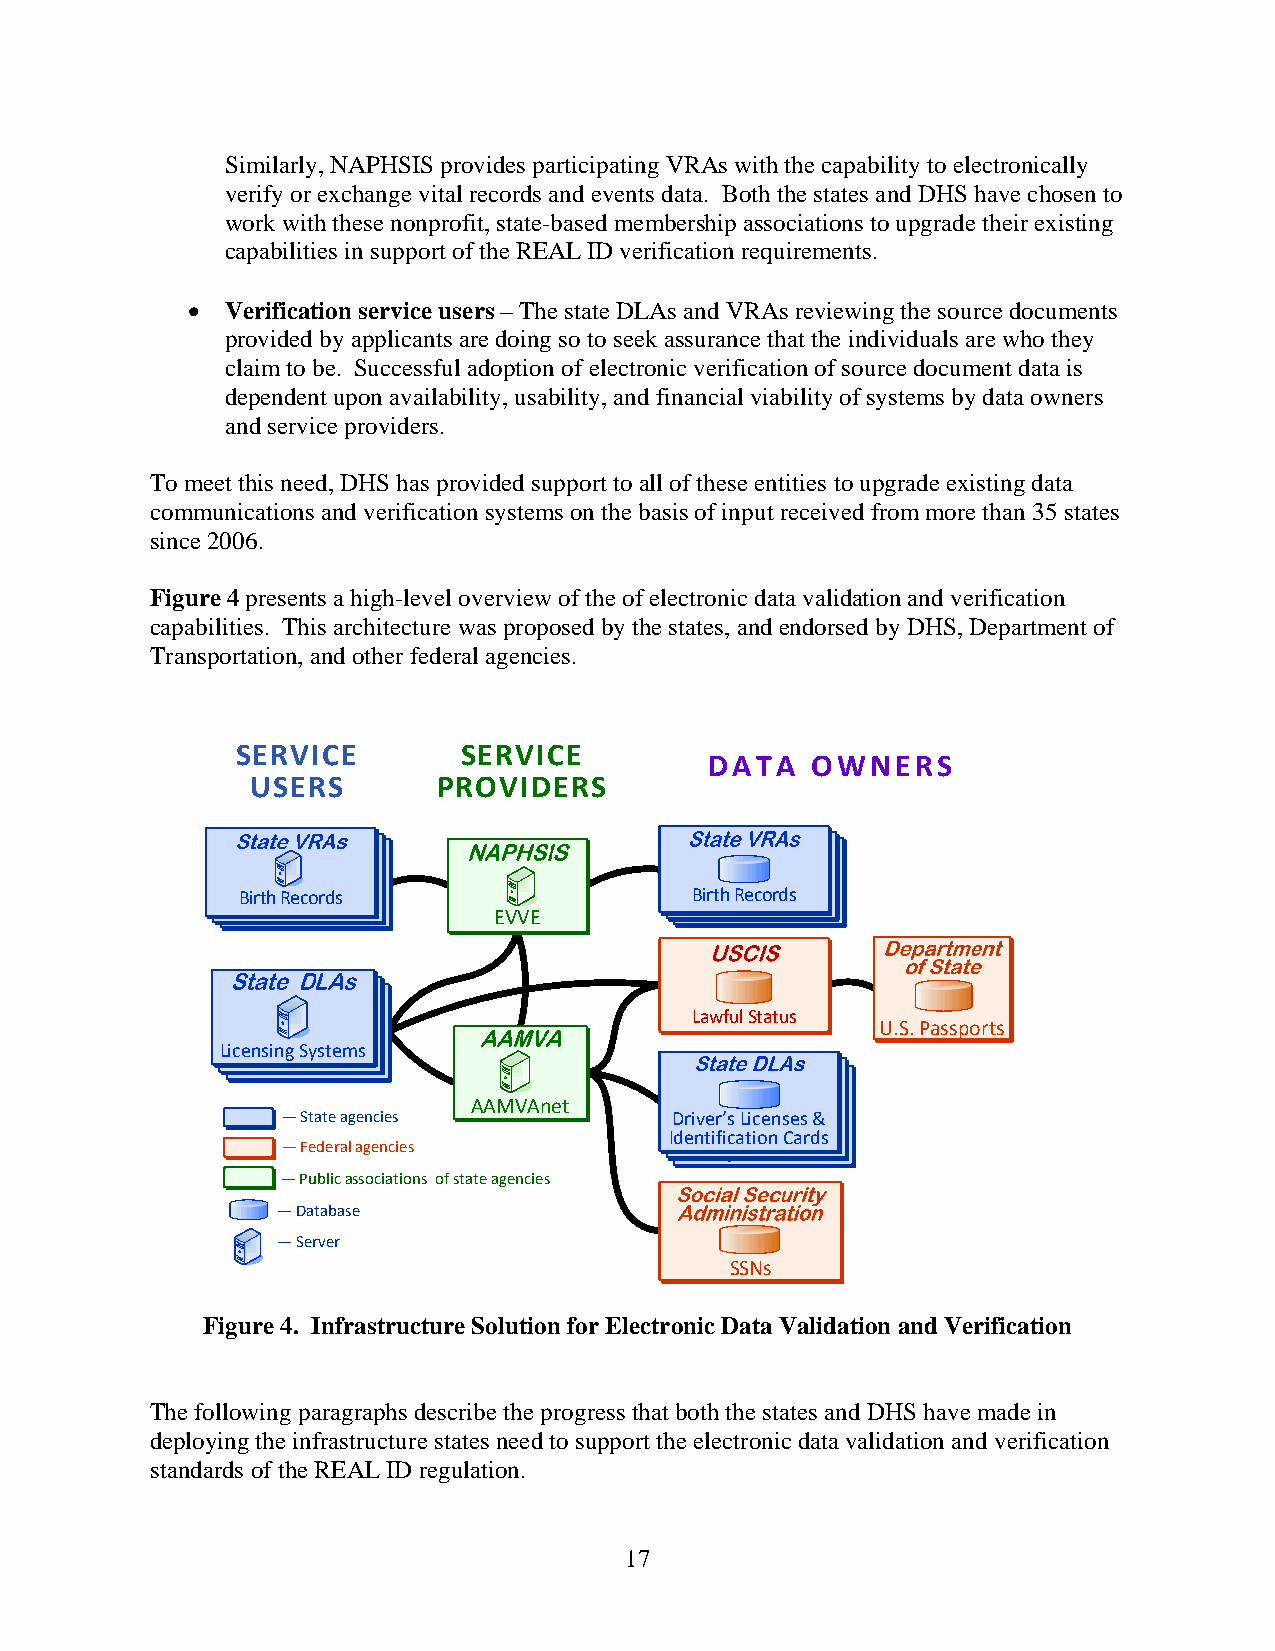
Similarly, NAPHSIS provides participating VRAs with the capability to electronically
 verify or exchange vital records and events data. Both the states and DHS have chosen to
 work with these nonprofit, state-based membership associations to upgrade their existing
 capabilities in support of the REAL ID verification requirements.
   Verification service users – The state DLAs and VRAs reviewing the source documents
 provided by applicants are doing so to seek assurance that the individuals are who they
 claim to be. Successful adoption of electronic verification of source document data is
 dependent upon availability, usability, and financial viability of systems by data owners
 and service providers.
 To meet this need, DHS has provided support to all of these entities to upgrade existing data
 communications and verification systems on the basis of input received from more than 35 states
 since 2006.
 Figure 4 presents a high-level overview of the of electronic data validation and verification
 capabilities. This architecture was proposed by the states, and endorsed by DHS, Department of
 Transportation, and other federal agencies.
 SERVICE        SERVICE
 DATA   OWNERS
 USERS       PROVIDERS
 B BBi ir rt itrh hth R R e Rec eo ccr od ors drdss
 EVVE
 B BBi ir rt itrh hth R R e Rec eo ccr od ors drdss
 Lawful Status
 U.S. Passports
 Licensing Systems
 AAMVAnet
 —State agencies          Driver’s Licenses &
 Driver’s Licenses &
 IdeDnrtivifeicra’st iLoicne Cnaserds s&
 —Federal agencies         Id Ide en nti tf ii fc ica ati to ion n C Ca ar rd ds s
 —Public associations of state agencies
 —Database
 —Server
 SSNs
 Figure 4. Infrastructure Solution for Electronic Data Validation and Verification
 The following paragraphs describe the progress that both the states and DHS have made in
 deploying the infrastructure states need to support the electronic data validation and verification
 standards of the REAL ID regulation.
 17